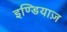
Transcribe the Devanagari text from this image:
इण्डियाज़